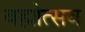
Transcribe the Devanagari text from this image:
बह्मोत्‍सव